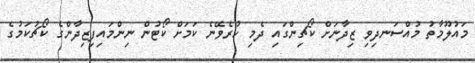
މައުލޫމާތު މުއްސަނދިވި ޒިދާނަށް ކޯޗިންގައި ދެމި ހުރެވޭނެ ކަމަށް ކޯޓުން ނިންމައިފިޒިދާންގެ ކޯޗުކަމުގެ